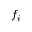
f _ { i }